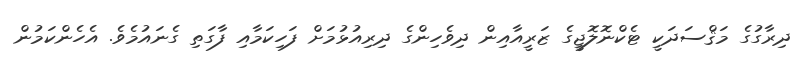
ދިރާގުގެ މަޤްސަދަކީ ޓެކްނޮލޮޖީގެ ޒަރީއާއިން ދިވެހިންގެ ދިރިއުޅުމަށް ފަހިކަމާއި ފާގަތި ގެނައުމެވެ. އެހެންކަމުން